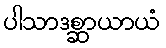
ပါသာဒစ္ဆာယာယံ